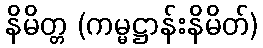
နိမိတ္တ (ကမ္မဋ္ဌာန်းနိမိတ်)